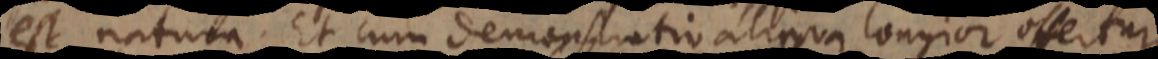
est natura. Et cum demonstratio aliqua longior offertur,